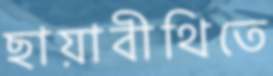
ছায়াবীথিতে